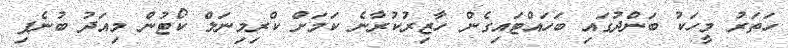
ހަތަރު މީހަކު ބަންދުގައި ބަހައްޓައިގެން ހާޒިރުކުރާނެ ކަމަށް ކްރިމިނަލް ކޯޓުން މިއަދު ބުނެފި